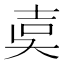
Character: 𡔢